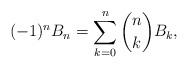
LaTeX: \begin{align*} (-1)^{n} B_{n} = \sum_{k=0}^{n} \binom{n}{k} B_{k}, \end{align*}